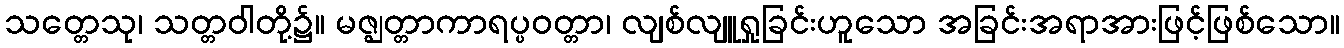
သတ္တေသု၊ သတ္တဝါတို့၌။ မဇ္ဈတ္တာကာရပ္ပဝတ္တာ၊ လျစ်လျူရှုခြင်းဟူသော အခြင်းအရာအားဖြင့်ဖြစ်သော။